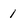
Character: 1